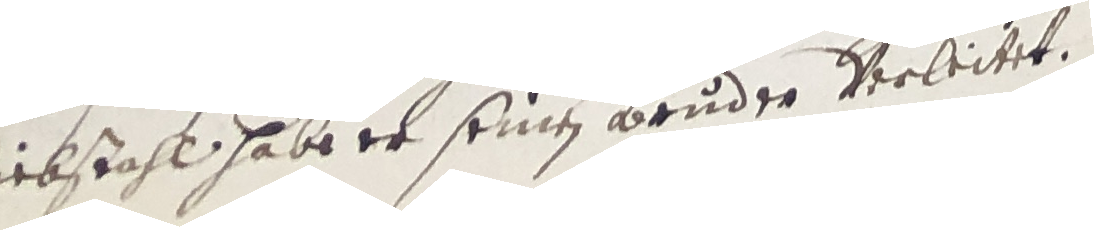
Diebstahl habe er seinen bruder verleitet.